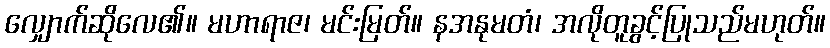
လျှောက်ဆိုလေ၏။ မဟာရာဇ၊ မင်းမြတ်။ နအနုမတံ၊ အလိုတူခွင့်ပြုသည်မဟုတ်။